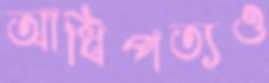
আধিপত্যও